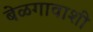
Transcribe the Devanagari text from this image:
बेळगावाशी